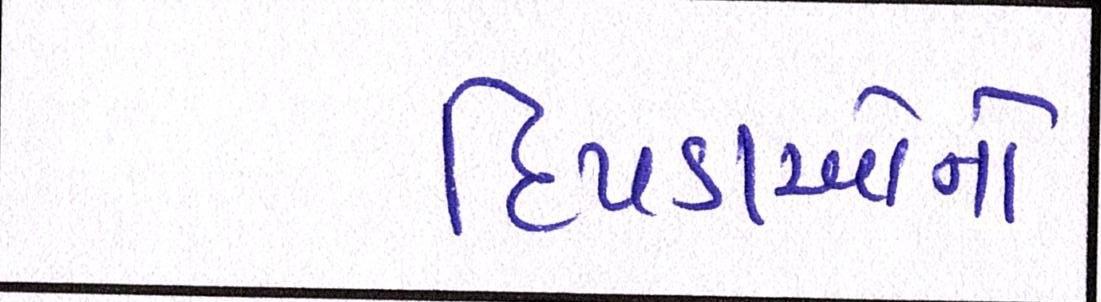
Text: દિપડાઓનો